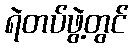
ရဲတပ်ဖွဲ့တွင်